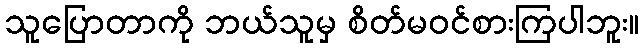
သူပြောတာကို ဘယ်သူမှ စိတ်မဝင်စားကြပါဘူး။